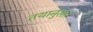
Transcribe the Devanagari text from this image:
तथानुसार